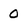
Character: 0